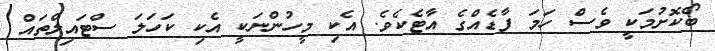
ބޯކޮށުމަކީ ވެސް ހަމަ ފާޑެއްގެ އާޓެކެވެ. އެކި މީހުންނަކީ އެކި ކަހަލަ ސްޓައިލްތައް